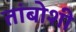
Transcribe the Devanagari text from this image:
तांबोशी